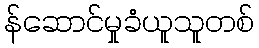
န်ဆောင်မှုခံယူသူတစ်